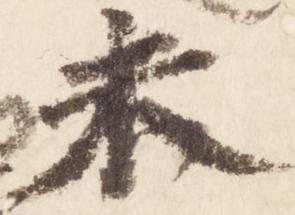
未